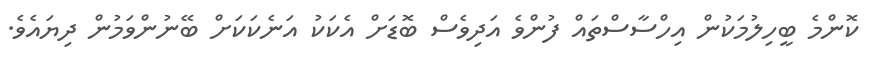
ކޮންމެ ބީހިލުމަކުން އިހްސާސްތައް ފުންވެ އަދިވެސް ބޮޑަށް އެކަކު އަނެކަކަށް ބޭނުންވަމުން ދިޔައެވެ.